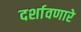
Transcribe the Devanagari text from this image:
दर्शावणारे